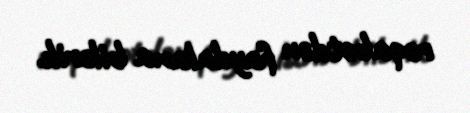
rəqabətdən faydalana bilərik.